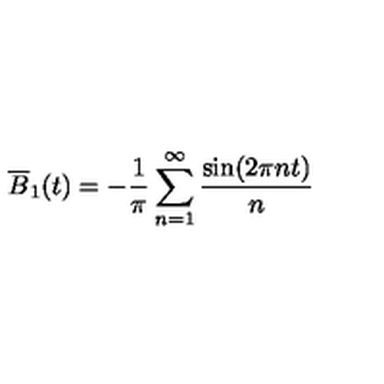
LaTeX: \overline { { B } } _ { 1 } ( t ) = - \frac { 1 } { \pi } \sum _ { n = 1 } ^ { \infty } \frac { \sin ( 2 \pi n t ) } { n }